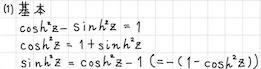
(1) 基本
\[
\begin{align*}
\cosh^{2}z - \sinh^{2}z&=1\\
\cosh^{2}z&=1 + \sinh^{2}z\\
\sinh^{2}z&=\cosh^{2}z - 1 = (-1 + \cosh^{2}z)
\end{align*}
\]